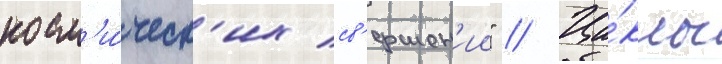
косм'и́ческ'их св'ершен'ии" // Ци́клы